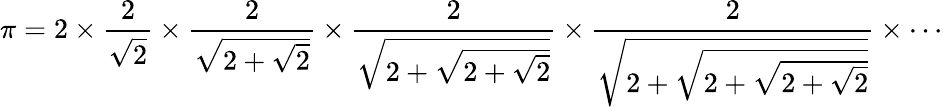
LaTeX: \pi=2\times{\frac{2}{\sqrt{2}}}\times{\frac{2}{\sqrt{2+{\sqrt{2}}}}}\times{\frac{2}{\sqrt{2+{\sqrt{2+{\sqrt{2}}}}}}}\times{\frac{2}{\sqrt{2+{\sqrt{2+{\sqrt{2+{\sqrt{2}}}}}}}}}\times\cdots